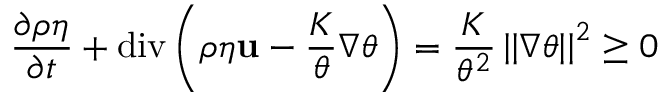
\frac { \partial \rho \eta } { \partial t } + \mathrm { d i v } \left( \rho \eta \mathbf { u } - \frac { K } { \theta } \nabla \theta \right) = \frac { K } { \theta ^ { 2 } } \left\vert \left\vert \nabla \theta \right\vert \right\vert ^ { 2 } \geq 0